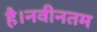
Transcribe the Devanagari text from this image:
है।नवीनतम